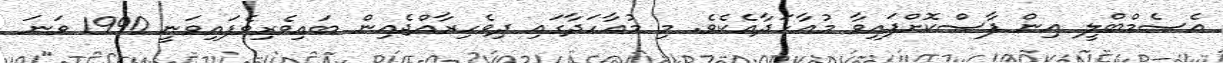
އެސެމްބްލީ އިން ފާސްކޮށްފައިވާ މުޢާހަދާއެކެވެ. މި މުޢާހަދާގައި ދިވެހިރާއްޖެއިން ބައިވެރިވެފައިވަނީ 1990 ވަނަ